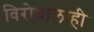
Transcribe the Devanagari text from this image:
विरोधालाही